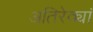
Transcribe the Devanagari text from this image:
अतिरेक्यां